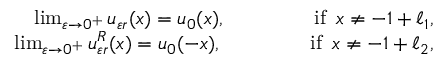
\begin{array} { r } { \operatorname* { l i m } _ { \varepsilon \to 0 ^ { + } } u _ { \varepsilon r } ( x ) = u _ { 0 } ( x ) , \qquad \qquad \mathrm { ~ i f ~ } \, x \neq - 1 + \ell _ { 1 } , } \\ { \operatorname* { l i m } _ { \varepsilon \to 0 ^ { + } } u _ { \varepsilon r } ^ { R } ( x ) = u _ { 0 } ( - x ) , \qquad \qquad \mathrm { ~ i f ~ } \, x \neq - 1 + \ell _ { 2 } , } \end{array}